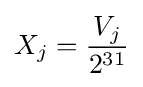
X_{j}={\frac {V_{j}}{2^{31}}}